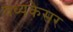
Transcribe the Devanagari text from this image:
वंध्यकेसर